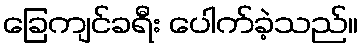
ခြေကျင်ခရီး ပေါက်ခဲ့သည်။